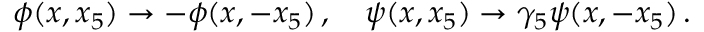
\phi ( x , x _ { 5 } ) \rightarrow - \phi ( x , - x _ { 5 } ) \, , \quad \psi ( x , x _ { 5 } ) \rightarrow \gamma _ { 5 } \psi ( x , - x _ { 5 } ) \, .